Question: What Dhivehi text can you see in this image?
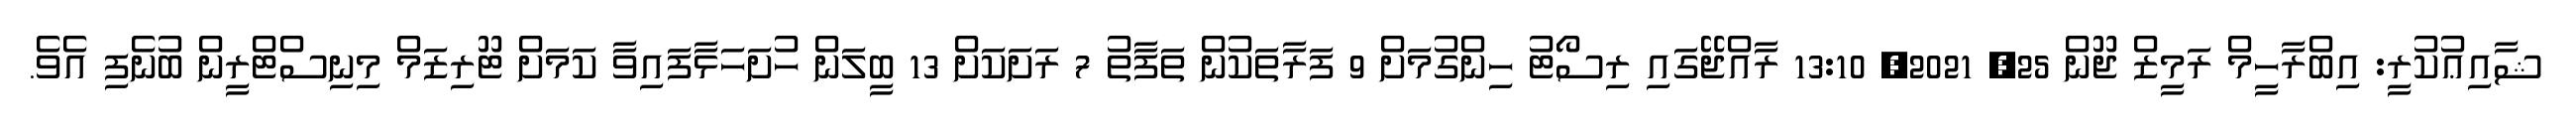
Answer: ޝާއިޢުކުރީ: އިބްރާހީމް ރަމީޒް ޖޫން 25, 2021, 13:10 ރާއްޖޭގައި ރިސޯޓު ހިންގުމަށް 9 ފަރާތަކުން ތަފާތު 7 ރަށަކަށް 13 ބީލަން ހުށަހަޅާފައިވާ ކަމަށް ޓޫރިޒަމް މިނިސްޓްރީން ބުނެފި އެވެ.